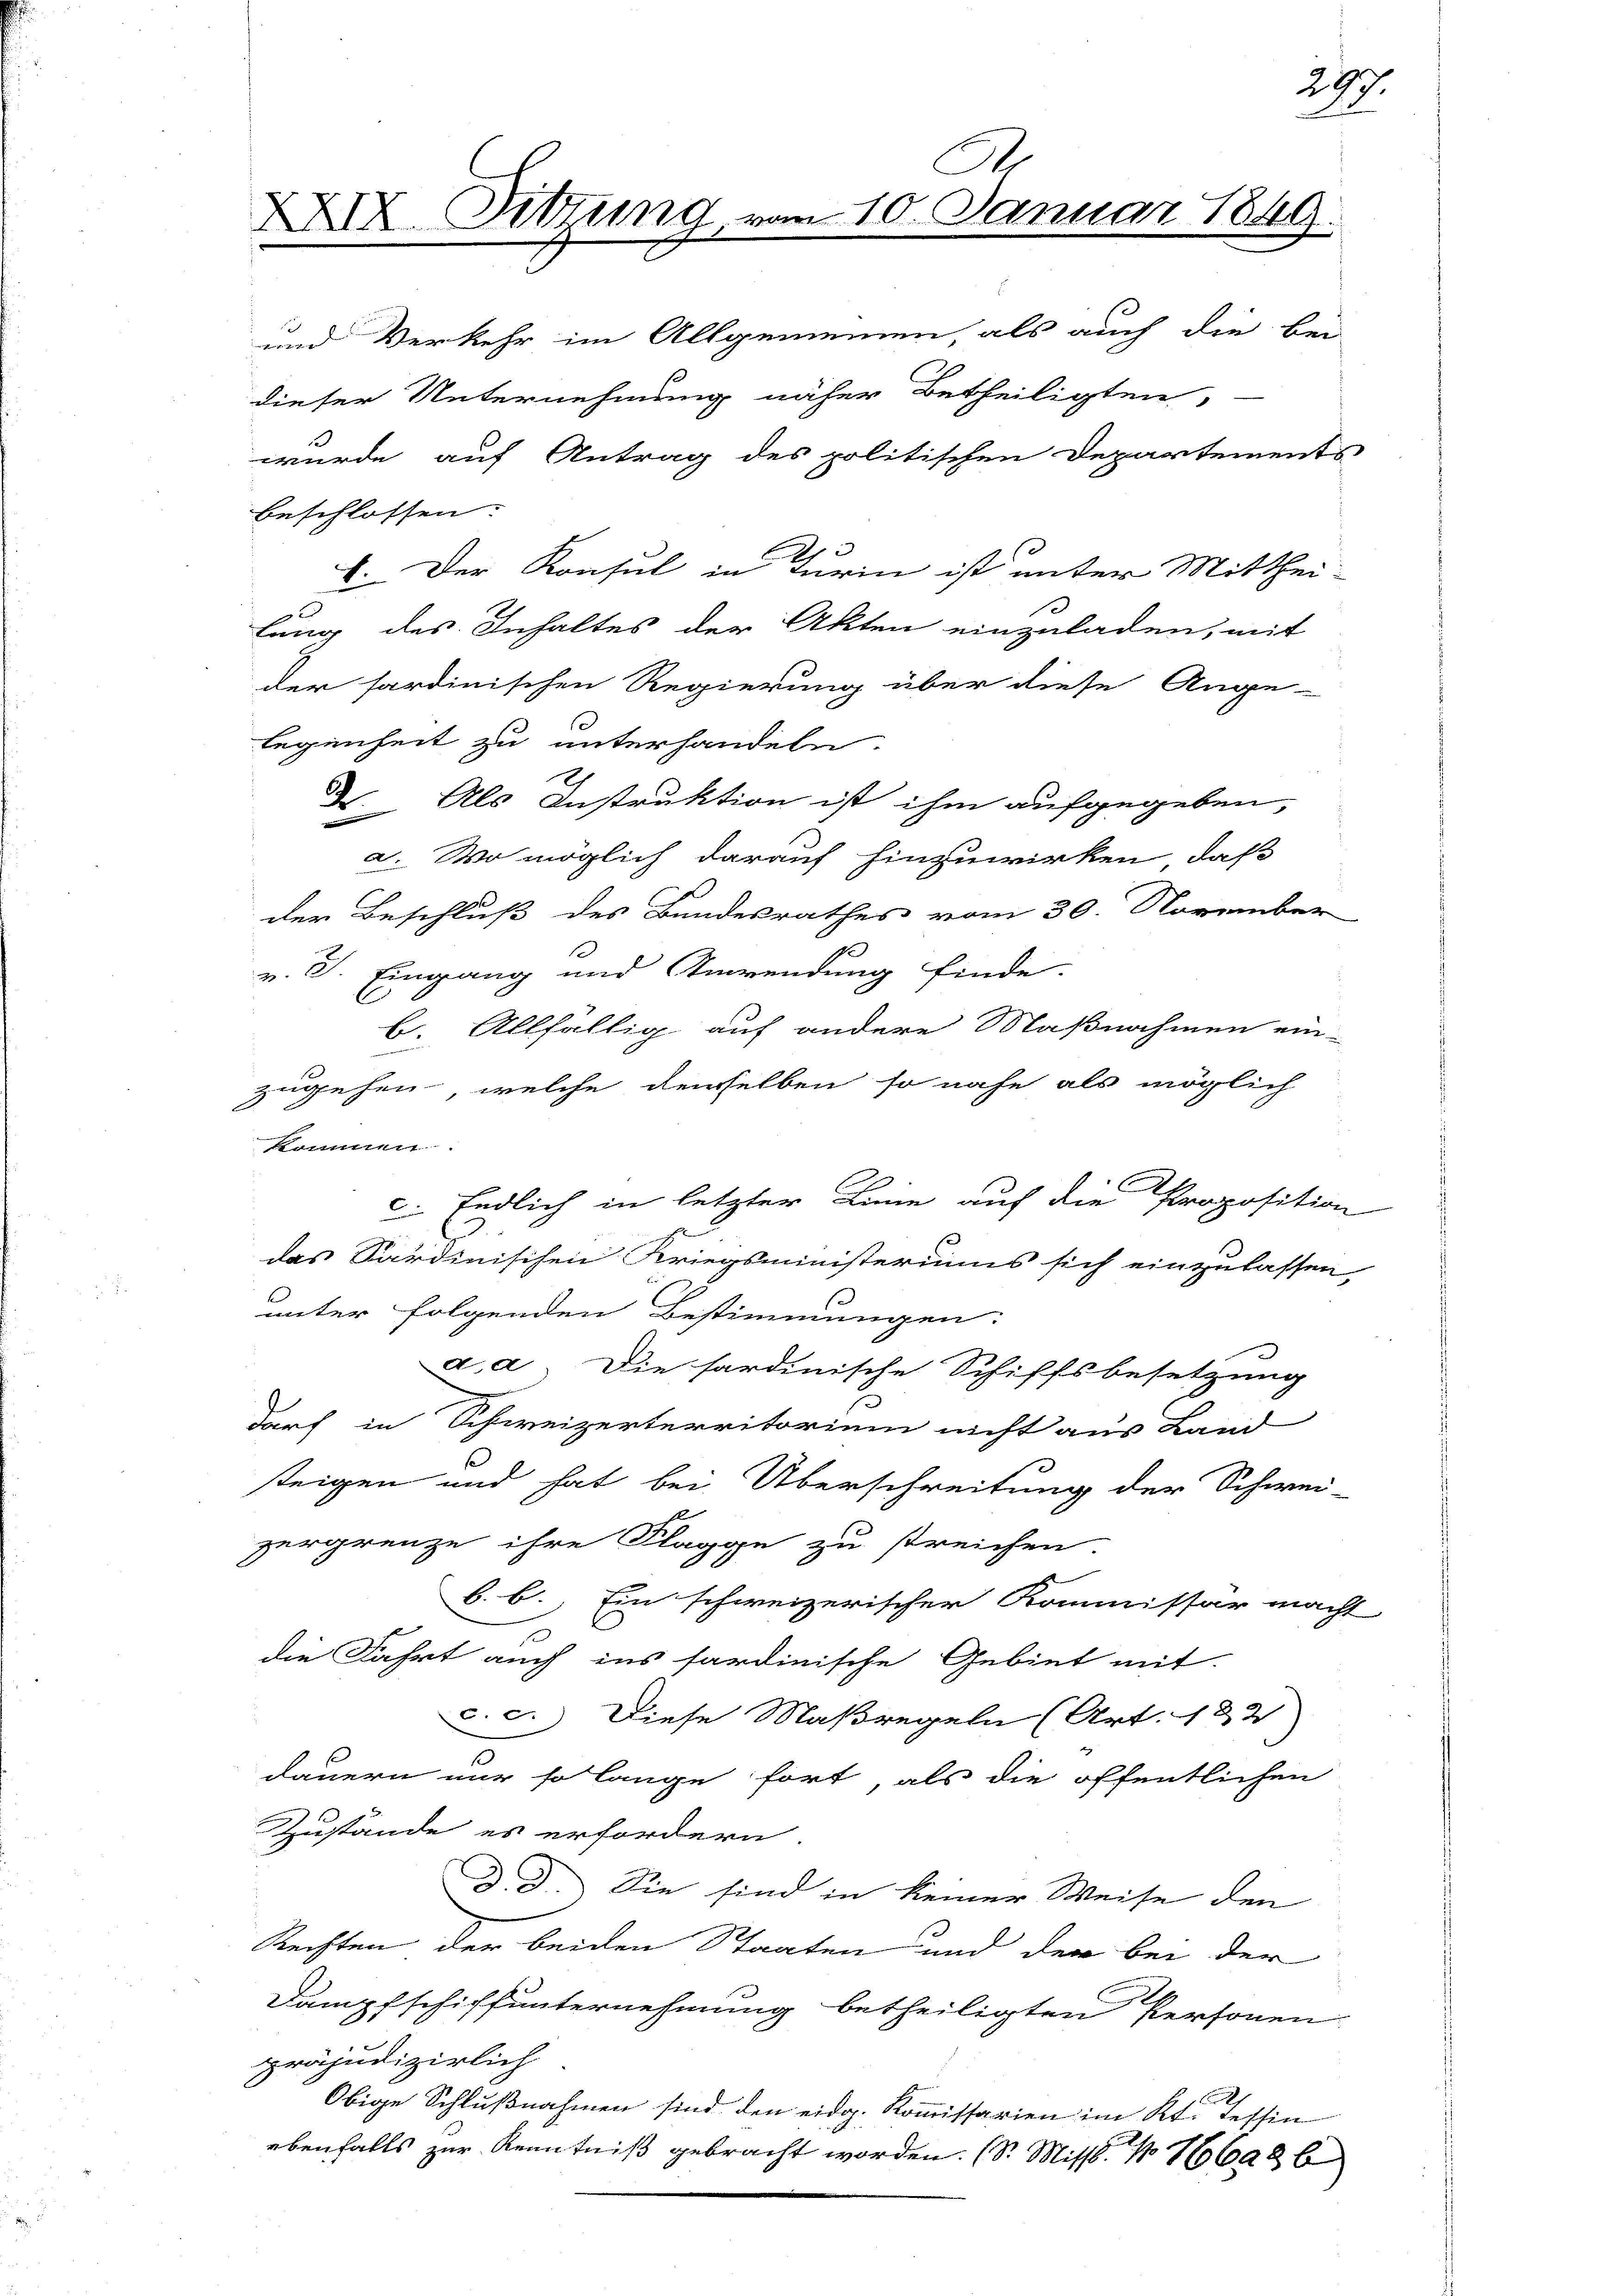
G
XXIX. Sitzung, vom 10. Januar 1849.

und Verkehr im Allgemeinen, als auch die bei
beschlossen.
E. Der Konsul in Turin ist unter Mitthei-
lung des Inhaltes der Akten einzuladen, mit
der sardinischen Regierung über diese Ange-
legenheit zu unterhandeln.
2. Als Instruktion ist ihm aufgegeben,
a. Wo möglich darauf hinzuwirken, daß
der Beschluß des Bundesrathes vom 30. November
v. J. Eingang und Anwendung finde.
b. Allfällig auf andere Maßnahmen ein-
zugehen, welche derselben so nahe als möglich
kommen.
c. Endlich in letzter Linie auf die Propositio
das Sardinischen Kriegsministeriums sich einzulassen
unter folgenden Bestimmungen.
a. a. Die sardinische Schiffsbesetzung
dorf in Schweizerterritorium nicht aus Land
s
teigen und hat bei Überschreitung der Schwei-
zergrenze ihre Klagge zu streichen
b. b. Ein schweizerischer Kommissär macht
die Fahrt auch ins sardinische Gebiet mit
c. c. Diese Maßregeln (Art. 182)
dauern nur so lange fort, als die öffentlichen
Zustände es erfordern
D. J. Sie sind in keiner Weise den
Rechten der beiden Staaten und der bei der
Dumpfschiffunternehmung betheiligten Personen
präjudizierlich
Obige Schlußnahmen sind, den eidg. Kommissarien im Kt. Tessin
ebenfalls zur Kenntniß gebracht worden. (S. Misst.  16686

dieser Unternehmung näher Betheiligten,

wurde auf Antrag des politischen Departements

297.

2
u

e